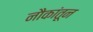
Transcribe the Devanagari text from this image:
नौकांतून